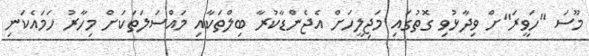
މޫސަ "ހަވީރަ"ށް ވިދާޅުވި ގޮތުގައި މަޖިލީހަށް އެޖެންޑާކުރާ ބިލްތަކާއި މައްސަލަތަކަށް މިހާރު ހަމައެކަނި